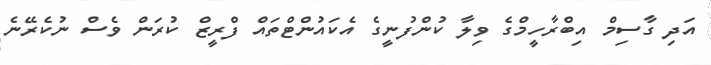
އަދި ގާސިމް އިބްރާހީމްގެ ވިލާ ކުންފުނީގެ އެކައުންޓްތައް ފްރީޒް ކުރަން ވެސް ނުކެރޭނެ